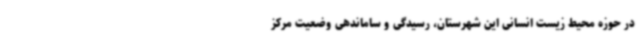
در حوزه محیط زیست انسانی این شهرستان، رسیدگی و ساماندهی وضعیت مرکز